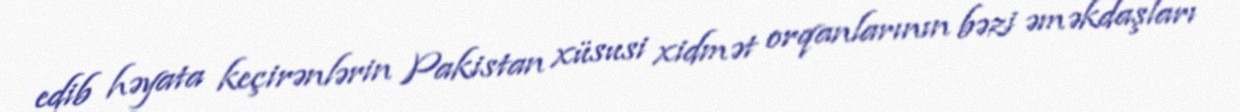
edib həyata keçirənlərin Pakistan xüsusi xidmət orqanlarının bəzi əməkdaşları